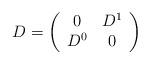
LaTeX: \begin{align*}D=\left(\begin{array}{cc}0 & D^1 \\D^0 & 0 \\\end{array}\right)\end{align*}